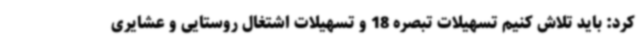
کرد: باید تلاش کنیم تسهیلات تبصره 18 و تسهیلات اشتغال روستایی و عشایری